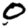
Digit: 0